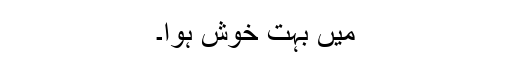
میں بہت خوش ہوا۔